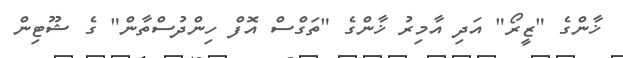
ޚާންގެ "ޒީރޯ" އަދި އާމިރު ޚާންގެ "ތަގްސް އޮފް ހިންދުސްތާން" ގެ ޝޫޓިން